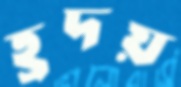
হ্রদয়